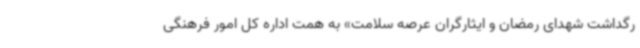
رگداشت شهدای رمضان و ایثارگران عرصه سلامت» به همت اداره کل امور فرهنگی